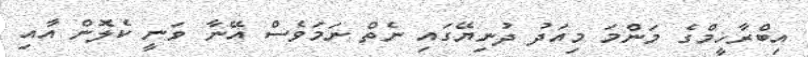
އިބްރާހީމްގެ މަންމަ މިއަދު ދުނިޔޭގައި ނެތް ނަމަވެސް އޭނާ ވަނީ ކެލޮން އާއި